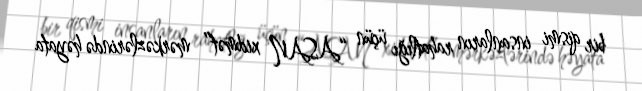
bir qismi insanların rahatlığı üçün “ASAN xidmət” mərkəzlərində həyata